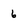
Character: 6